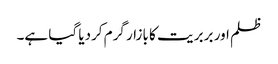
ظلم اور بربر یت کا بازار گرم کردیا گیا ہے۔